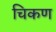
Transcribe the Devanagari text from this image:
चिकण